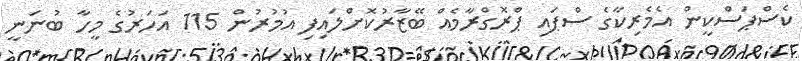
ކެސްޕަސްކީން އެމެރިކާގެ ސްޕައި ޕްރޮގްރާމެއް ބޭޒާރުކޮށްލައިފި އުމުރުން 115 އަހަރުގެ މީހާ ބުނަނީ